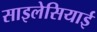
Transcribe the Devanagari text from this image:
साइलेसियाई